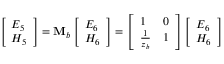
\left[ \begin{array} { l } { E _ { 5 } } \\ { H _ { 5 } } \end{array} \right] = \mathbf { M } _ { b } \left[ \begin{array} { l } { E _ { 6 } } \\ { H _ { 6 } } \end{array} \right] = \left[ \begin{array} { l l } { 1 } & { 0 } \\ { \frac { 1 } { z _ { b } } } & { 1 } \end{array} \right] \left[ \begin{array} { l } { E _ { 6 } } \\ { H _ { 6 } } \end{array} \right]